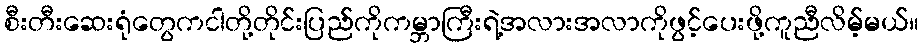
စီးတီးဆေးရုံတွေကငါတို့တိုင်းပြည်ကိုကမ္ဘာကြီးရဲ့အလားအလာကိုဖွင့်ပေးဖို့ကူညီလိမ့်မယ်။